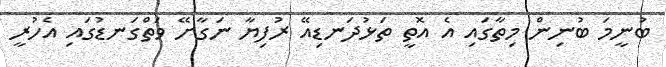
ބުނީމަ ބުނިން މިތާގައި އެ އޮތީ ތަޅުދަނޑިއޭ ރުފިޔާ ނަގާށޭ ވަތްގަނޑުގައި އެހުރީ